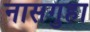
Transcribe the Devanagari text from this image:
नासगुहा